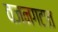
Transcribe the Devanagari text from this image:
वजनगटात